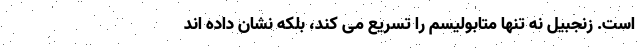
است. زنجبیل نه تنها متابولیسم را تسریع می کند، بلکه نشان داده اند